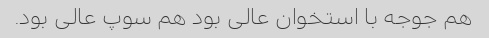
هم جوجه با استخوان عالی بود هم سوپ عالی بود.